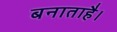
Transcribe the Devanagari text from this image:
बनाताहै।